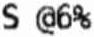
S @6%